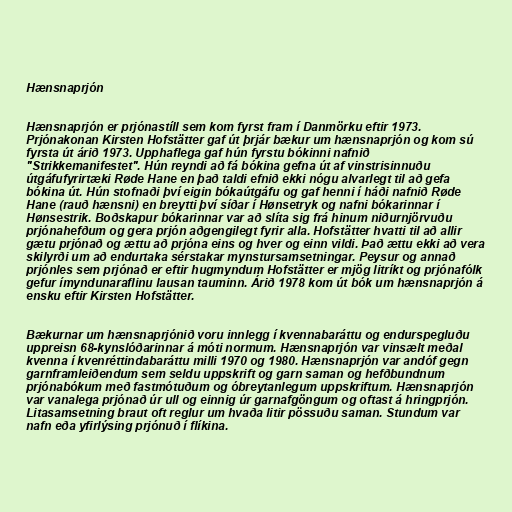
Hænsnaprjón

Hænsnaprjón er prjónastíll sem kom fyrst fram í Danmörku eftir 1973.
Prjónakonan Kirsten Hofstätter gaf út þrjár bækur um hænsnaprjón og kom sú
fyrsta út árið 1973. Upphaflega gaf hún fyrstu bókinni nafnið
"Strikkemanifestet". Hún reyndi að fá bókina gefna út af vinstrisinnuðu
útgáfufyrirtæki Røde Hane en það taldi efnið ekki nógu alvarlegt til að gefa
bókina út. Hún stofnaði því eigin bókaútgáfu og gaf henni í háði nafnið Røde
Hane (rauð hænsni) en breytti því síðar í Hønsetryk og nafni bókarinnar í
Hønsestrik. Boðskapur bókarinnar var að slíta sig frá hinum niðurnjörvuðu
prjónahefðum og gera prjón aðgengilegt fyrir alla. Hofstätter hvatti til að allir
gætu prjónað og ættu að prjóna eins og hver og einn vildi. Það ættu ekki að vera
skilyrði um að endurtaka sérstakar mynstursamsetningar. Peysur og annað
prjónles sem prjónað er eftir hugmyndum Hofstätter er mjög litríkt og prjónafólk
gefur ímyndunaraflinu lausan tauminn. Árið 1978 kom út bók um hænsnaprjón á
ensku eftir Kirsten Hofstätter.

Bækurnar um hænsnaprjónið voru innlegg í kvennabaráttu og endurspegluðu
uppreisn 68-kynslóðarinnar á móti normum. Hænsnaprjón var vinsælt meðal
kvenna í kvenréttindabaráttu milli 1970 og 1980. Hænsnaprjón var andóf gegn
garnframleiðendum sem seldu uppskrift og garn saman og hefðbundnum
prjónabókum með fastmótuðum og óbreytanlegum uppskriftum. Hænsnaprjón
var vanalega prjónað úr ull og einnig úr garnafgöngum og oftast á hringprjón.
Litasamsetning braut oft reglur um hvaða litir pössuðu saman. Stundum var
nafn eða yfirlýsing prjónuð í flíkina.